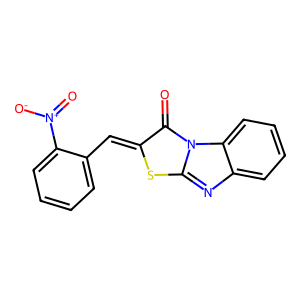
SMILES: O=c1c(=Cc2ccccc2[N+](=O)[O-])sc2nc3ccccc3n12
Inhibits HIV replication: No